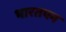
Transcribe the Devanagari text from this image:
भारतपन